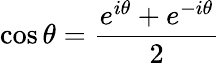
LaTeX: \cos\theta={\frac{e^{i\theta}+e^{-i\theta}}{2}}